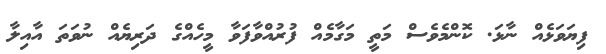
ފިޔަވަޅެއް ނާޅަ. ކޮންމެވެސް މަތީ މަގާމެއް ފުރުއްވާފަވާ މީހެއްގެ ދަރިޔެއް ނުވަތަ އާއިލާ